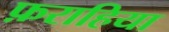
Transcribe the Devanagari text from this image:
फ़राहिया